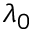
\lambda _ { 0 }